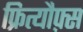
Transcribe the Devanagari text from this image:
फ्रित्यौफ़्स